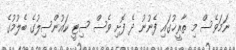
ނަމަވެސް މި ތާރީޚުގައި ފެނުނު ދެ ފޮށި ވެސް ސިޓީ ކައުންސިލުގެ ބެލުމުގެ